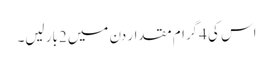
اس کی 4گرام مقدار دن میں 2بار لیں۔